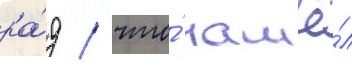
ра́д / что́ нашё́л